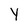
Character: Y